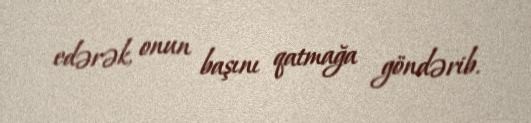
edərək, onun başını qatmağa göndərib.